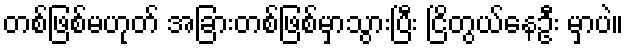
တစ်ဖြစ်မဟုတ် အခြားတစ်ဖြစ်မှာသွားပြီး ငြိတွယ်နေဦး မှာပဲ။